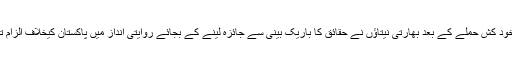
پلوامہ میں ہونے والے خود کش حملے کے بعد بھارتی نیتاؤں نے حقائق کا باریک بینی سے جائزہ لینے کے بجائے روایتی انداز میں پاکستان کیخلاف الزام تراشی کی انتہاء کر دی۔